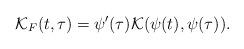
LaTeX: \begin{align*}\mathcal{K}_F(t,\tau)=\psi'(\tau)\mathcal{K}(\psi(t), \psi(\tau)).\end{align*}